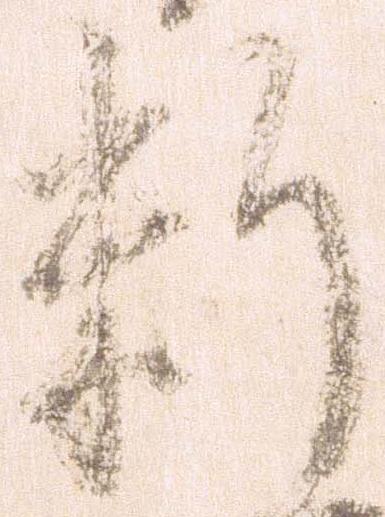
料